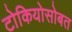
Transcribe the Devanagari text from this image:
टोकियोसोबत